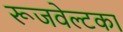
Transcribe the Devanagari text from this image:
रूजवेल्टका